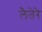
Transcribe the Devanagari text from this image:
लैतेरे